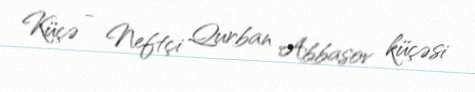
Küçə - Neftçi Qurban Abbasov küçəsi